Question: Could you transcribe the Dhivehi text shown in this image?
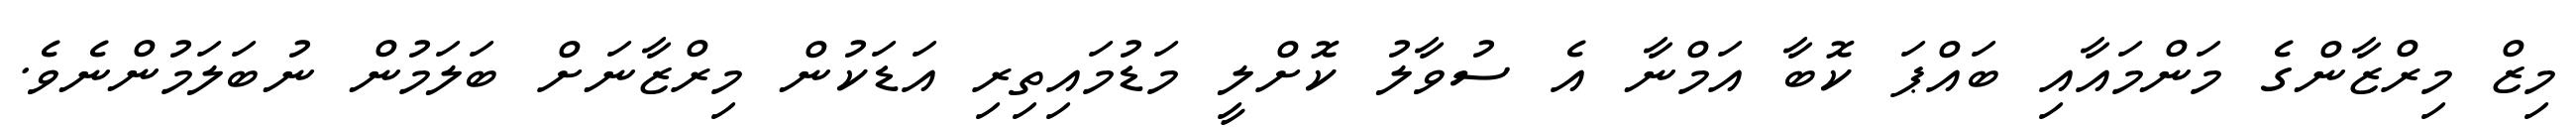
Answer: މިޒް މިރްޒާންގެ މަންމައާއި ބައްޕަ ކޮބާ އަމްނާ އެ ސުވާލު ކޮށްލީ މަޑުމައިތިރި އަޑަކުން މިރްޒާނަށް ބަލަމުން ނުބަލަމުންނެވެ.